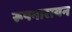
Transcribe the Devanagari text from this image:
रूपनारायन